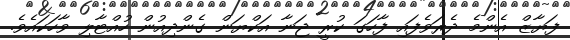
ފަޔާޒް އެންމެ ދެރަވެފައި ފާހަގަ ކުރީ ޖަނާ އަކްޔަން ގެންދިއުން ހުއްޓާލި ވާހަކައެވެ.